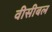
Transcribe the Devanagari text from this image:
वीसीबल